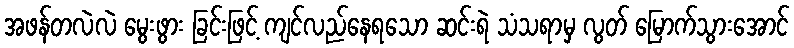
အဖန်တလဲလဲ မွေးဖွား ခြင်းဖြင့် ကျင်လည်နေရသော ဆင်းရဲ သံသရာမှ လွတ် မြောက်သွားအောင်